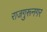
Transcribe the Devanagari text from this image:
राजगुरूनगर